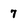
Character: 7